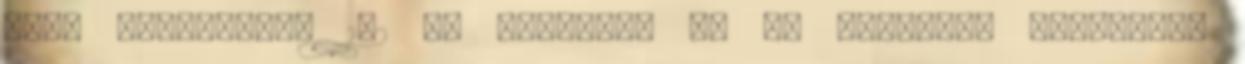
dísz szélesség: 102 cm mélység: 54 cm -kiságy: magasság: